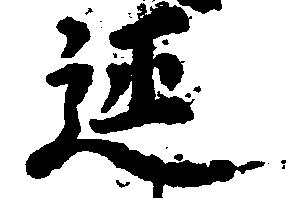
延